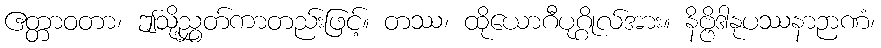
ဧတ္တာဝတာ၊ ဤသို့ညွှတ်ကာတည်းဖြင့်။ တဿ၊ ထိုယောဂီပုဂ္ဂိုလ်အား။ နိဗ္ဗိဒါနုပဿနာဉာဏံ၊